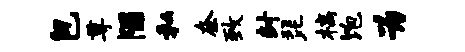
包尊隰私奈致封琵槁饱为